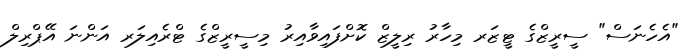
"އެހެނަސް" ސީރީޒްގެ ޓީޒަރ މިހާރު ރިލީޒް ކޮށްފައިވާއިރު މިސީރީޒްގެ ޓްރެއިލަރ އަންނަ އޭޕްރިލް